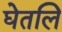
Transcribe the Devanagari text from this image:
घेतलि